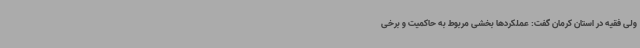
ولی فقیه در استان کرمان گفت: عملکردها بخشی مربوط به حاکمیت و برخی